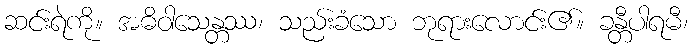
ဆင်းရဲကို။ အဓိဝါသေန္တဿ၊ သည်းခံသော ဘုရားလောင်း၏။ ခန္တီပါရမီ၊